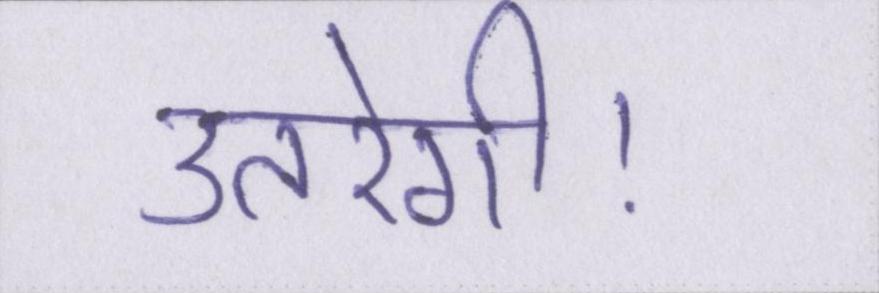
उतरेगी।